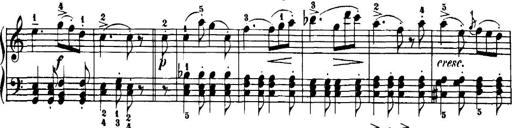
Title: 7 Sonatinas
Composer: Anton Diabelli